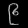
Digit: ၉